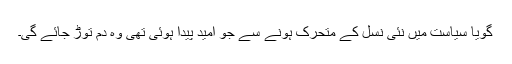
گویا سیاست میں نئی نسل کے متحرک ہونے سے جو امید پیدا ہوئی تھی وہ دم توڑ جائے گی۔